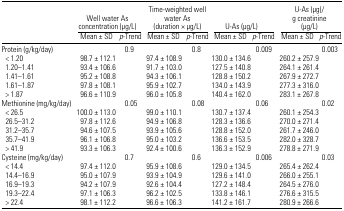
<table><thead><tr><td></td><td colspan="2"><b>Well water As concentration (μg/L)</b></td><td colspan="2"><b>Time-weighted well water As (duration × μg/L)</b></td><td colspan="2"><b>U-As (μg/L)</b></td><td colspan="2"><b>U-As (μg)/ g creatinine (μg/L)</b></td></tr><tr><td></td><td><b>Mean ± SD</b></td><td><b><i>p</i>-Trend</b></td><td><b>Mean ± SD</b></td><td><b><i>p</i>-Trend</b></td><td><b>Mean ± SD</b></td><td><b><i>p</i>-Trend</b></td><td><b>Mean ± SD</b></td><td><b><i>p</i>-Trend</b></td></tr></thead><tbody><tr><td>Protein (g/kg/day)</td><td></td><td>0.9</td><td></td><td>0.8</td><td></td><td>0.009</td><td></td><td>0.003</td></tr><tr><td> &lt; 1.20</td><td>98.7 ± 112.1</td><td></td><td>97.4 ± 108.9</td><td></td><td>130.0 ± 134.6</td><td></td><td>260.2 ± 257.9</td><td></td></tr><tr><td> 1.20–1.41</td><td>93.4 ± 106.6</td><td></td><td>91.7 ± 103.0</td><td></td><td>127.5 ± 140.8</td><td></td><td>264.1 ± 261.4</td><td></td></tr><tr><td> 1.41–1.61</td><td>95.2 ± 108.8</td><td></td><td>94.3 ± 106.1</td><td></td><td>128.8 ± 150.2</td><td></td><td>267.9 ± 272.7</td><td></td></tr><tr><td> 1.61–1.87</td><td>97.8 ± 108.1</td><td></td><td>95.9 ± 102.7</td><td></td><td>134.0 ± 143.9</td><td></td><td>277.3 ± 316.0</td><td></td></tr><tr><td> &gt; 1.87</td><td>96.6 ± 110.9</td><td></td><td>96.0 ± 105.8</td><td></td><td>140.4 ± 162.0</td><td></td><td>283.1 ± 267.8</td><td></td></tr><tr><td>Methionine (mg/kg/day)</td><td></td><td>0.05</td><td></td><td>0.08</td><td></td><td>0.06</td><td></td><td>0.02</td></tr><tr><td> &lt; 26.5</td><td>100.0 ± 113.0</td><td></td><td>99.0 ± 110.1</td><td></td><td>130.7 ± 137.4</td><td></td><td>260.1 ± 254.3</td><td></td></tr><tr><td> 26.5–31.2</td><td>97.8 ± 112.6</td><td></td><td>94.9 ± 106.8</td><td></td><td>128.3 ± 136.6</td><td></td><td>270.0 ± 271.4</td><td></td></tr><tr><td> 31.2–35.7</td><td>94.6 ± 107.5</td><td></td><td>93.9 ± 105.6</td><td></td><td>128.8 ± 152.0</td><td></td><td>261.7 ± 246.0</td><td></td></tr><tr><td> 35.7–41.9</td><td>96.1 ± 106.8</td><td></td><td>95.0 ± 103.2</td><td></td><td>136.6 ± 153.5</td><td></td><td>282.0 ± 328.7</td><td></td></tr><tr><td> &gt; 41.9</td><td>93.3 ± 106.3</td><td></td><td>92.4 ± 100.6</td><td></td><td>136.3 ± 152.9</td><td></td><td>278.8 ± 271.9</td><td></td></tr><tr><td>Cysteine (mg/kg/day)</td><td></td><td>0.7</td><td></td><td>0.6</td><td></td><td>0.006</td><td></td><td>0.03</td></tr><tr><td> &lt; 14.4</td><td>97.4 ± 112.0</td><td></td><td>95.9 ± 108.6</td><td></td><td>129.0 ± 134.5</td><td></td><td>265.4 ± 262.4</td><td></td></tr><tr><td> 14.4–16.9</td><td>95.0 ± 107.9</td><td></td><td>93.9 ± 104.9</td><td></td><td>129.6 ± 141.0</td><td></td><td>266.0 ± 255.1</td><td></td></tr><tr><td> 16.9–19.3</td><td>94.2 ± 107.9</td><td></td><td>92.6 ± 104.4</td><td></td><td>127.2 ± 148.4</td><td></td><td>264.5 ± 276.0</td><td></td></tr><tr><td> 19.3–22.4</td><td>97.1 ± 106.3</td><td></td><td>96.2 ± 102.5</td><td></td><td>133.8 ± 146.1</td><td></td><td>276.6 ± 315.5</td><td></td></tr><tr><td> &gt; 22.4</td><td>98.1 ± 112.2</td><td></td><td>96.6 ± 106.3</td><td></td><td>141.2 ± 161.7</td><td></td><td>280.9 ± 266.6</td><td></td></tr></tbody></table>